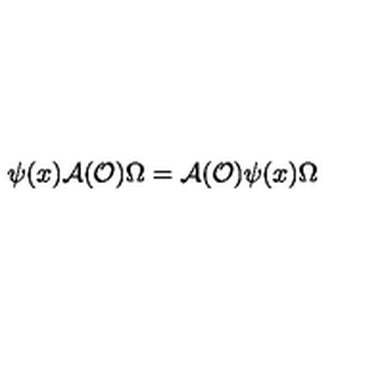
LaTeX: \psi ( x ) \mathcal { A } ( \mathcal { O } ) \Omega = \mathcal { A } ( \mathcal { O } ) \psi ( x ) \Omega